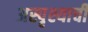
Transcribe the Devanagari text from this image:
अस्पृश्याची